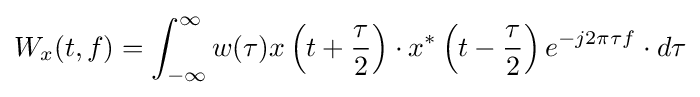
W_{x}(t,f)=\int _{-\infty }^{\infty }w(\tau )x\left(t+{\frac {\tau }{2}}\right)\cdot x^{*}\left(t-{\frac {\tau }{2}}\right)e^{-j2\pi \tau f}\cdot d\tau